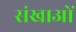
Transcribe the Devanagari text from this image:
संखाओं